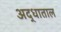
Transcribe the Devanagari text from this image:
अद्धाताल